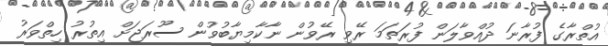
އުތްރާގެ ފުރާނަ ދުއްވާލަން ފުރަތަމަ ރޭވި ރޭވުން ނާކާމިޔާބުވުން ސޫރަޖަށް އިތުރު ހިތްވަރު